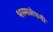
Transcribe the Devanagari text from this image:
भस्मलेपनी